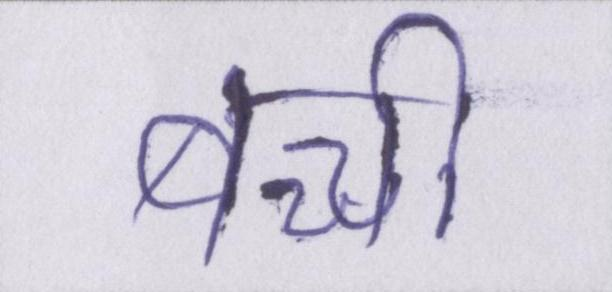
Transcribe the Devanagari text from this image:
बच्ची